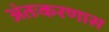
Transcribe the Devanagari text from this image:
अंतःकरणास